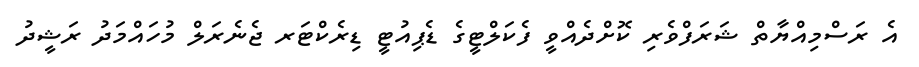
އެ ރަސްމިއްޔާތް ޝަރަފްވެރި ކޮށްދެއްވީ ފެކަލްޓީގެ ޑެޕިއުޓީ ޑިރެކްޓަރ ޖެނެރަލް މުހައްމަދު ރަޝީދު